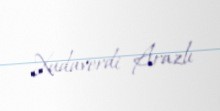
Xudaverdi Arazlı